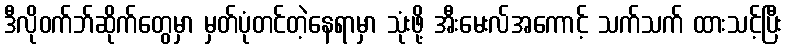
ဒီလိုဝက်ဘ်ဆိုက်တွေမှာ မှတ်ပုံတင်တဲ့နေရာမှာ သုံးဖို့ အီးမေးလ်အကောင့် သက်သက် ထားသင့်ပြီး